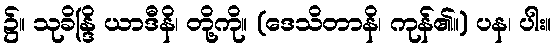
၌။ သုခိန္ဒြိ ယာဒီနိ၊ တို့ကို။ (ဒေသိတာနိ၊ ကုန်၏။) ပန၊ ပါး။